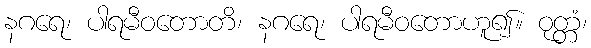
နဂရေ၊ ပါရမီဝတောတိ၊ နဂရေ၊ ပါရမီဝတောဟူ၍။ ဝုတ္တံ၊